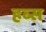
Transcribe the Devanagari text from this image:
हब्स